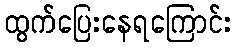
ထွက်ပြေးနေရကြောင်း